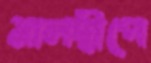
মালদ্বীপে